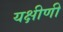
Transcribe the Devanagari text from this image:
यक्षीणी